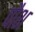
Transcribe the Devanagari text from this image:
पौश